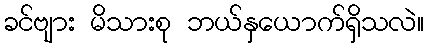
ခင်ဗျား မိသားစု ဘယ်နှယောက်ရှိသလဲ။